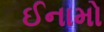
ઈનામો